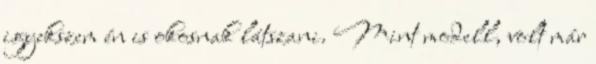
igyekszem én is okosnak látszani. Mint modell, volt már